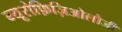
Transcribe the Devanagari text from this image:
न्यूरोफ़िज़िओलौजी